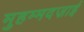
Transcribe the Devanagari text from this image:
मुहम्मदज़ाई